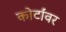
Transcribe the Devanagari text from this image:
कोर्टांवर